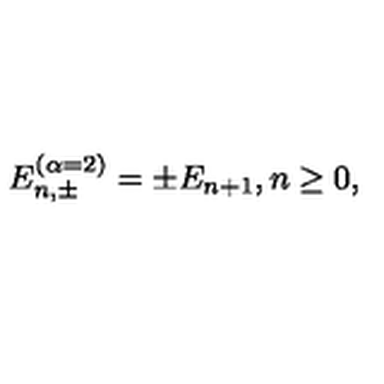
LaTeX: E _ { n , \pm } ^ { ( \alpha = 2 ) } = \pm E _ { n + 1 } , n \geq 0 ,